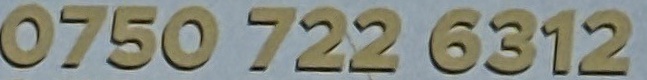
0750 722 6312